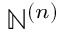
\mathbb { N } ^ { ( n ) }